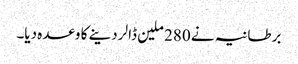
برطانیہ نے 280 ملین ڈالر دینے کا وعدہ دیا۔